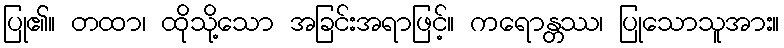
ပြု၏။ တထာ၊ ထိုသို့သော အခြင်းအရာဖြင့်။ ကရောန္တဿ၊ ပြုသောသူအား။